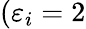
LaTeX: (\varepsilon_{i}=2